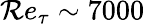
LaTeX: \mathcal{R}e_{\tau}\sim7000